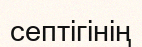
септігінің